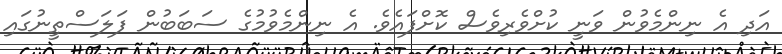
އަދި އެ ނިންމެވުން ވަނީ ކުށްވެރިވެސް ކޮށްފައެވެ. އެ ނިންމެވުމުގެ ސަބަބުން ފަލަސްތީނުގައި